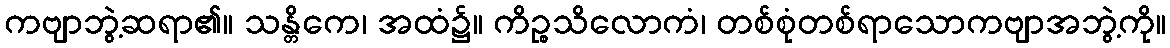
ကဗျာဘွဲ့ဆရာ၏။ သန္တိကေ၊ အထံ၌။ ကိဉ္စသိလောကံ၊ တစ်စုံတစ်ရာသောကဗျာအဘွဲ့ကို။